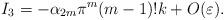
LaTeX: \begin{align*}I_{3}=-\alpha_{2m}\pi^{m}(m-1)!k+O(\varepsilon).\end{align*}